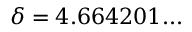
\delta = 4 . 6 6 4 2 0 1 . . .